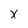
Character: x